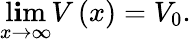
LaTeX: \operatorname*{l\mathbf{i}m}_{x\rightarrow\infty}V\left(x\right)=V_{0}.